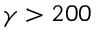
\gamma > 2 0 0